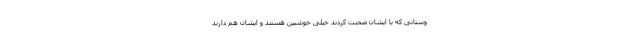
وستانی که با ایشان صحبت کردند خیلی خوشبین هستند و ایشان هم دارند